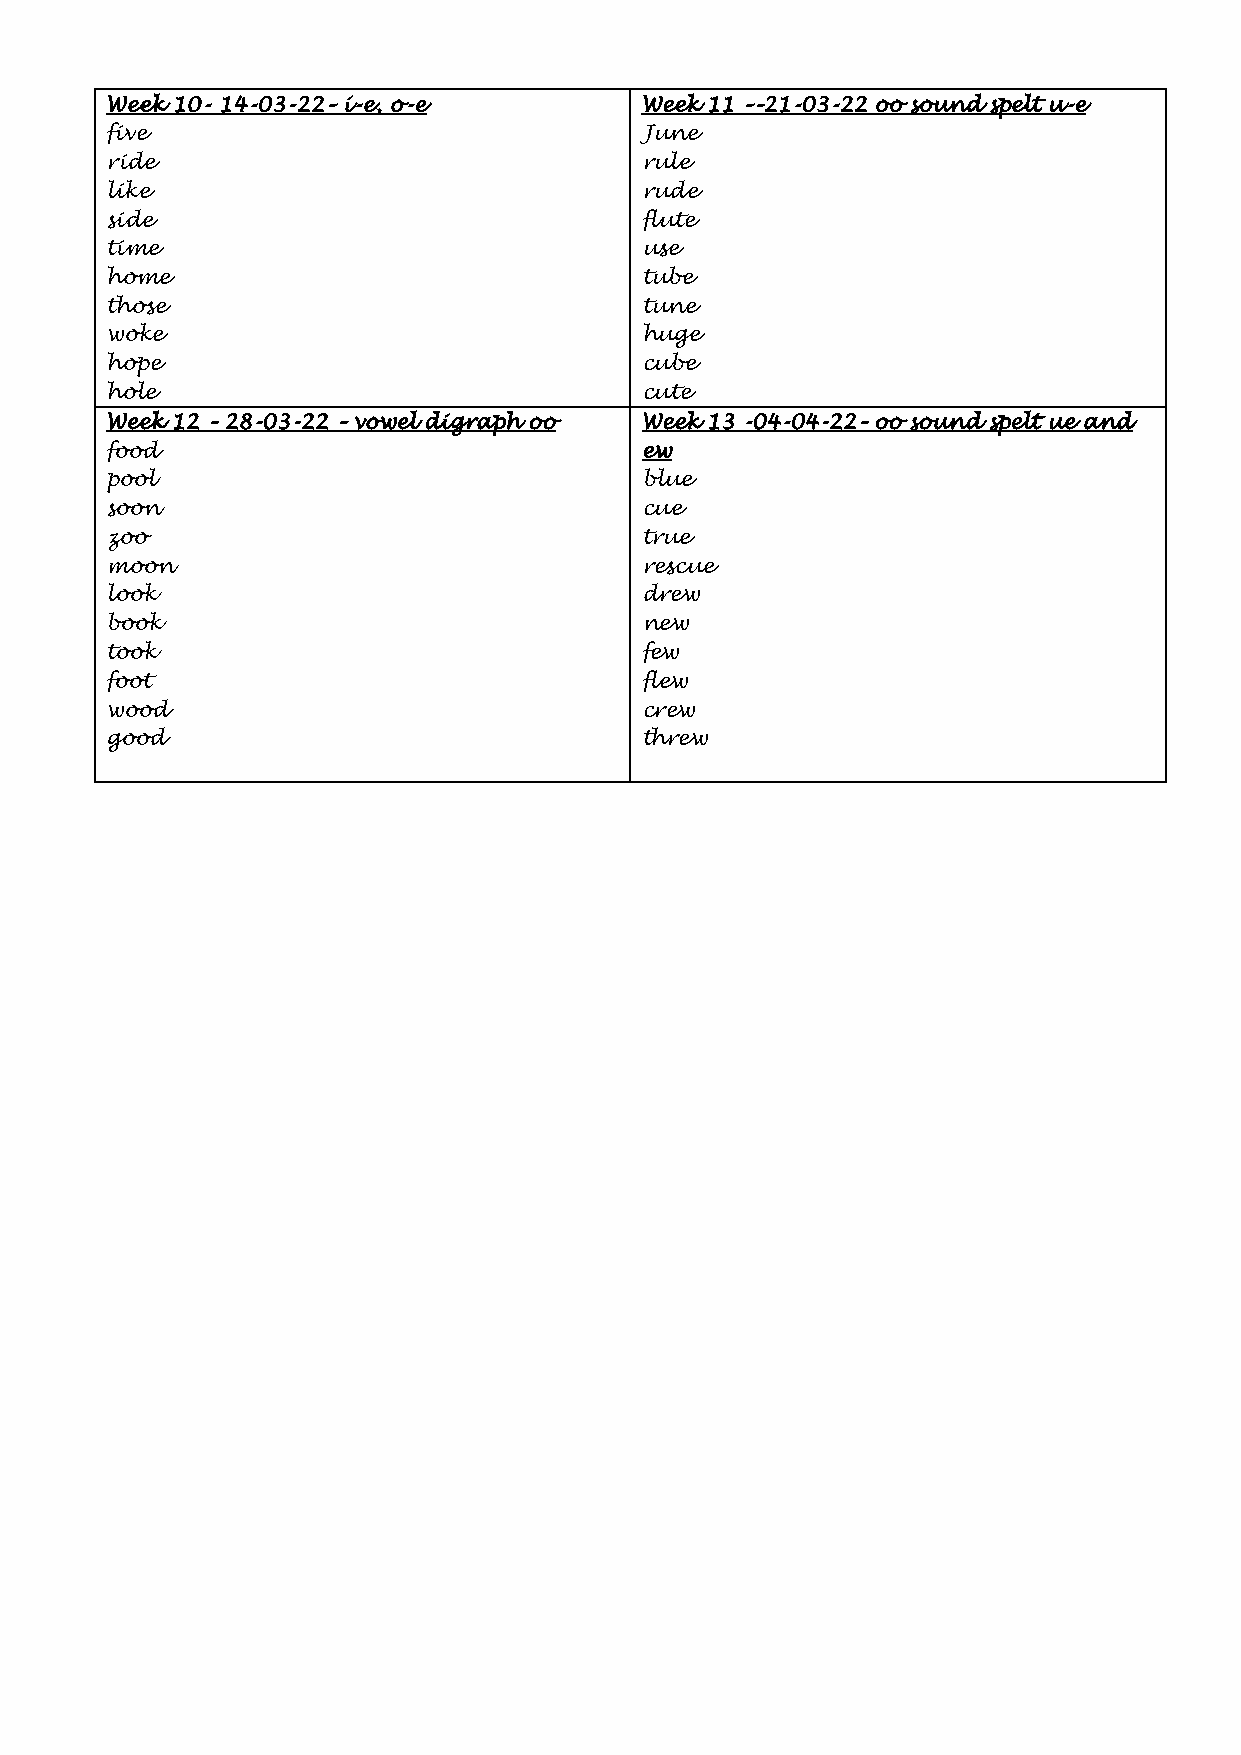
Week 10- 14-03-22– i-e, o-e        Week 11 ––21-03-22 oo sound spelt u-e
 five                               June
 ride                               rule
 like                               rude
 side                               flute
 time                               use
 home                               tube
 those                              tune
 woke                               huge
 hope                               cube
 hole                               cute
 Week 12 – 28-03-22 – vowel digraph oo Week 13 -04-04-22– oo sound spelt ue and
 food                               ew
 pool                               blue
 soon                               cue
 zoo                                true
 moon                               rescue
 look                               drew
 book                               new
 took                               few
 foot                               flew
 wood                               crew
 good                               threw